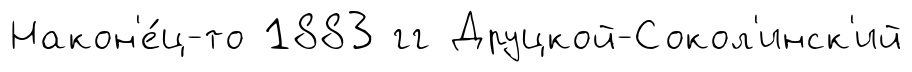
Након'е́ц-то 1883 гг Друцкой-Сокол'инск'ий